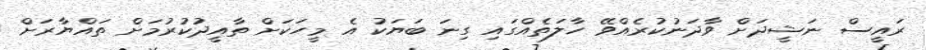
ރައީސް ނަޝީދަށް ވާދަނުކުރެއްވޭ ހާލަތެއްގައި ގިނަ ބަޔަކު އެ މީހަކަށް ތާއީދުކުރުމަށް ތައްޔާރަށް